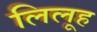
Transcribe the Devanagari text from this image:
लिलूह